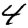
Digit: 4